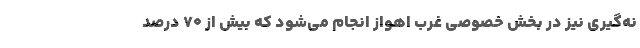
نه‌گیری نیز در بخش خصوصی غرب اهواز انجام می‌شود که بیش از ۷۰ درصد